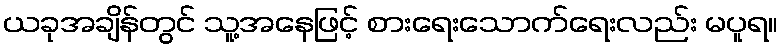
ယခုအချိန်တွင် သူ့အနေဖြင့် စားရေးသောက်ရေးလည်း မပူရ။